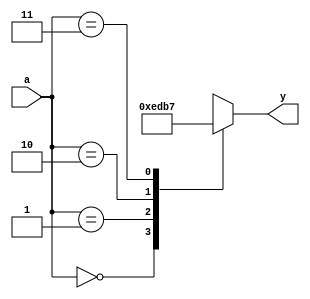
module Decoder2x4(input [1:0] a, output reg [3:0] y);

always @(*) begin
case(a)
2'b00 : y = 4'b1110;
2'b01 : y = 4'b1101;
2'b10 : y = 4'b1011;
2'b11 : y = 4'b0111;

endcase
end
endmodule